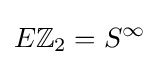
E\mathbb {Z} _{2}=S^{\infty }